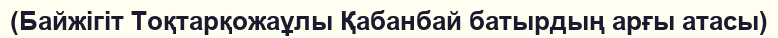
(Байжігіт Тоқтарқожаұлы Қабанбай батырдың арғы атасы)